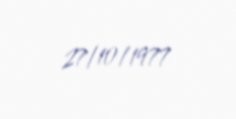
27/10/1977